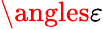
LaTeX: \angles{\varepsilon}